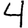
Digit: 4